Annual report on the working of the mental hospitals in the Madras Presidency - 1912-1932
Year: 1912
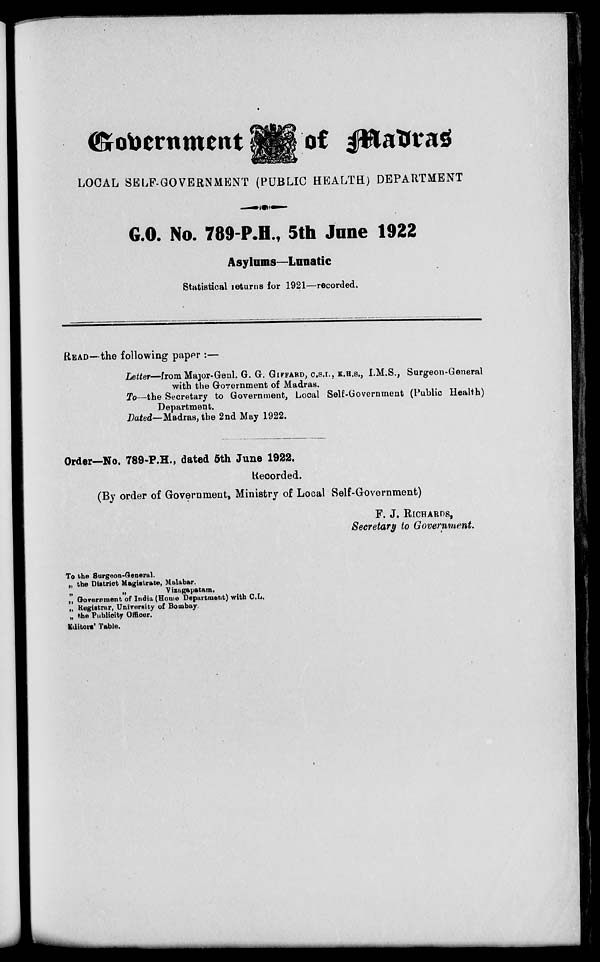
Government
of Madras
LOCAL SELF-GOVERNMENT (PUBLIC HEALTH) DEPARTMENT
G.O. No. 789-P.H., 5th June 1922
Asylums—Lunatic
Statistical returns for 1921—recorded.
READ—the following paper :—
Letter—from Major-Genl. G. G. GIFFARD, C.S.I., K.H.S., I.M.S., Surgeon-General
with the Government of Madras.
To—the Secretary to Government, Local Self-Government (Public Health)
Department.
Dated—Madras, the 2nd May 1922.
Order—No. 789-P.H., dated 5th June 1922.
Recorded.
(By order of Government, Ministry of Local Self-Government)
F. J. RICHARDS,
Secretary to Government
To the Surgeon-General.
„ the District Magistrate, Malabar.
„
„
Vizagapatam.
„ Government of India (Home Department) with C.L.
„ Registrar, University of Bombay.
„ the Publicity Officer.
Editors' Table.